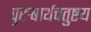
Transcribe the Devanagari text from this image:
पुरुषार्थचतुष्टय